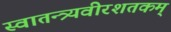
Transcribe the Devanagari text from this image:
स्वातन्त्र्यवीरशतकम्